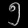
Digit: ၅